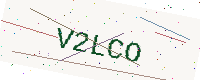
Text: V2LCO